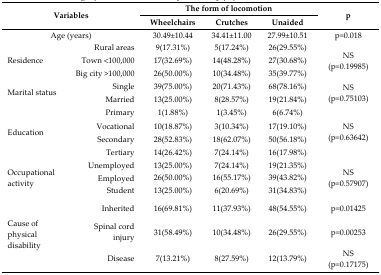
<table><thead><tr><td rowspan="3" colspan="2"><b>Variables</b></td><td colspan="3"><b>The form of locomotion</b></td><td rowspan="3"><b>p</b></td></tr><tr><td><b>Wheelchairs</b></td><td><b>Crutches</b></td><td><b>Unaided</b></td></tr></thead><tbody><tr><td colspan="2">Age (years)</td><td>30.49±10.44</td><td>34.41±11.00</td><td>27.99±10.51</td><td>p=0.018</td></tr><tr><td rowspan="3">Residence</td><td>Rural areas</td><td>9(17.31%)</td><td>5(17.24%)</td><td>26(29.55%)</td><td rowspan="3">NS (p=0.19985)</td></tr><tr><td>Town &lt;100,000</td><td>17(32.69%)</td><td>14(48.28%)</td><td>27(30.68%)</td></tr><tr><td>Big city &gt;100,000</td><td>26(50.00%)</td><td>10(34.48%)</td><td>35(39.77%)</td></tr><tr><td rowspan="2">Marital status</td><td>Single</td><td>39(75.00%)</td><td>20(71.43%)</td><td>68(78.16%)</td><td rowspan="2">NS (p=0.75103)</td></tr><tr><td>Married</td><td>13(25.00%)</td><td>8(28.57%)</td><td>19(21.84%)</td></tr><tr><td rowspan="4">Education</td><td>Primary</td><td>1(1.88%)</td><td>1(3.45%)</td><td>6(6.74%)</td><td rowspan="4">NS (p=0.63642)</td></tr><tr><td>Vocational</td><td>10(18.87%)</td><td>3(10.34%)</td><td>17(19.10%)</td></tr><tr><td>Secondary</td><td>28(52.83%)</td><td>18(62.07%)</td><td>50(56.18%)</td></tr><tr><td>Tertiary</td><td>14(26.42%)</td><td>7(24.14%)</td><td>16(17.98%)</td></tr><tr><td rowspan="3">Occupational activity</td><td>Unemployed</td><td>13(25.00%)</td><td>7(24.14%)</td><td>19(21.35%)</td><td rowspan="3">NS (p=0.57907)</td></tr><tr><td>Employed</td><td>26(50.00%)</td><td>16(55.17%)</td><td>39(43.82%)</td></tr><tr><td>Student</td><td>13(25.00%)</td><td>6(20.69%)</td><td>31(34.83%)</td></tr><tr><td rowspan="3">Cause of physical disability</td><td>Inherited</td><td>16(69.81%)</td><td>11(37.93%)</td><td>48(54.55%)</td><td>p=0.01425</td></tr><tr><td>Spinal cord injury</td><td>31(58.49%)</td><td>10(34.48%)</td><td>26(29.55%)</td><td>p=0.00253</td></tr><tr><td>Disease</td><td>7(13.21%)</td><td>8(27.59%)</td><td>12(13.79%)</td><td>NS (p=0.17175)</td></tr></tbody></table>